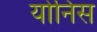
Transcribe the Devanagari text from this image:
योनिस